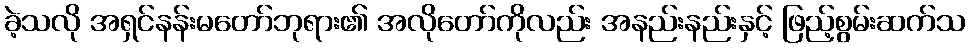
ခဲ့သလို အရှင်နန်းမတော်ဘုရား၏ အလိုတော်ကိုလည်း အနည်းနည်းနှင့် ဖြည့်စွမ်းဆက်သ